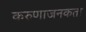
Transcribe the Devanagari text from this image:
करुणाजनकता